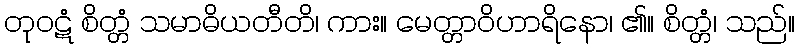
တုဝဋံ စိတ္တံ သမာဓိယတီတိ၊ ကား။ မေတ္တာဝိဟာရိနော၊ ၏။ စိတ္တံ၊ သည်။